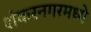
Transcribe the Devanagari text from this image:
शंकरनगरमध्ये